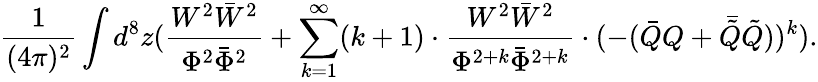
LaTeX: \frac{1}{(4\pi)^{2}}\int d^{8}z(\frac{W^{2}\bar{W}^{2}}{\Phi^{2}\bar{\Phi}^{2}}+\sum_{k=1}^{\infty}(k+1)\cdot\frac{W^{2}\bar{W}^{2}}{\Phi^{2+k}\bar{\Phi}^{2+k}}\cdot(-(\bar{Q}Q+\bar{\tilde{Q}}\tilde{Q}))^{k}).